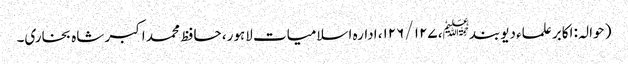
( حوالہ : اکابر علماء دیوبند﷭، ۱۲۷ /۱۲۶، ادارہ اسلامیات لاہور، حافظ محمد اکبر شاہ بخاری۔